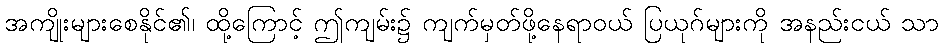
အကျိုးများစေနိုင်၏၊ ထို့ကြောင့် ဤကျမ်း၌ ကျက်မှတ်ဖို့နေရာဝယ် ပြယုဂ်များကို အနည်းငယ် သာ